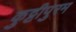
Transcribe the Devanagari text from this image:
कुट्टीपुरम